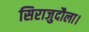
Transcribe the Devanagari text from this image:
सिराजुदौला।